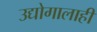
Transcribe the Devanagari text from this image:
उद्योगालाही